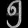
Digit: ၅